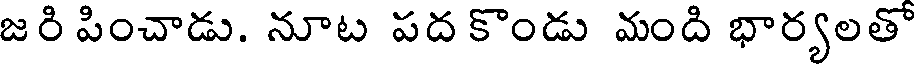
జరి పించాడు. నూట పద కొండు మంది భార్యలతో